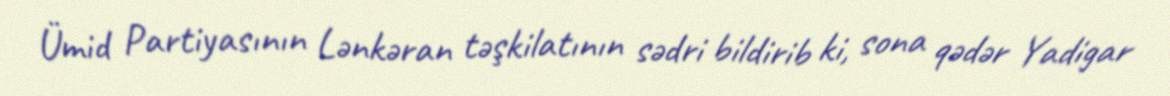
Ümid Partiyasının Lənkəran təşkilatının sədri bildirib ki, sona qədər Yadigar